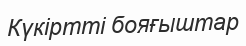
Күкіртті бояғыштар